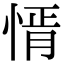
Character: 𢝒